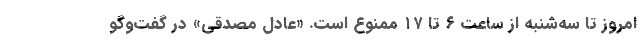
امروز تا سه‌شنبه از ساعت ۶ تا ۱۷ ممنوع است. «عادل مصدقی» در گفت‌وگو